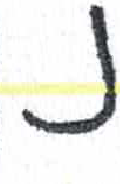
אות: ן